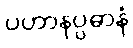
ပဟာနပ္ပဓာနံ